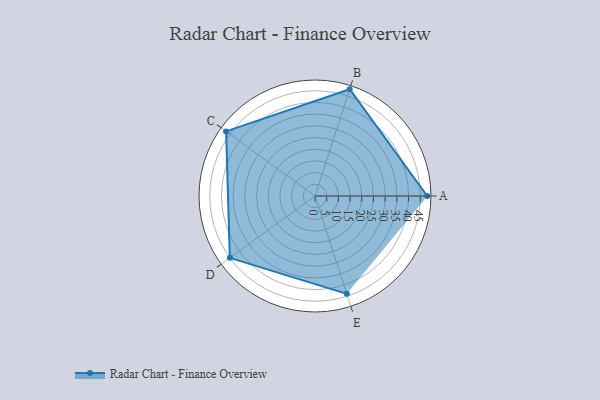
{"axis": {"x": "Skill", "y": "Score"}, "legend": ["Profile"], "data": [{"x": "A", "y": 48.0, "type": "Profile"}, {"x": "B", "y": 48.0, "type": "Profile"}, {"x": "C", "y": 47.0, "type": "Profile"}, {"x": "D", "y": 45.0, "type": "Profile"}, {"x": "E", "y": 44.0, "type": "Profile"}]}